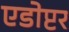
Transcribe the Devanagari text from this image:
एडोप्टर